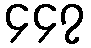
၄၄၇